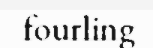
fourling